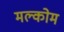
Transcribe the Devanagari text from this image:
मल्कोम